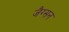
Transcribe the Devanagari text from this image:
जैग्सन